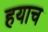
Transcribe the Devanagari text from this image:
हयाच